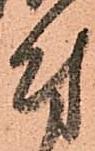
付